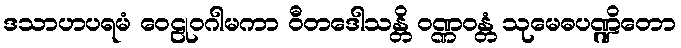
ဒသာဟပရမံ ဝေဠုဝဂါမကာ ဝီတဒေါသန္တိ ဝဏ္ဏဝန္တံ သုမေဓပဏ္ဍိတော